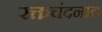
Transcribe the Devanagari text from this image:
रक्तचंदनात